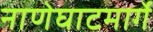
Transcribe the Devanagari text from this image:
नाणेघाटमार्गे